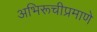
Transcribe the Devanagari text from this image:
अभिरूचीप्रमाणे